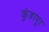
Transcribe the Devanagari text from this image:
कुंडापूर